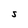
Character: S